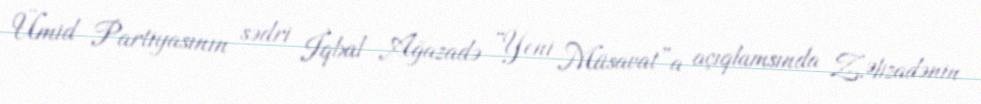
Ümid Partiyasının sədri İqbal Ağazadə “Yeni Müsavat”a açıqlamsında Z.Əlizadənin